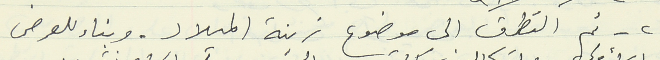
٢ - تم التطرق الى موضوع زينة الميلاد. وبناء للعرض